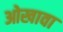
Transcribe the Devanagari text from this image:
ओखावा